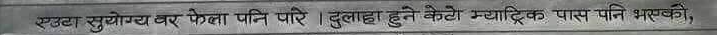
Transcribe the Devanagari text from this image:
एउटा सुयोग्य वर फेला पनि पारे । दुलहा हुने केटो म्याट्रिक पास पनि भइसकेको,